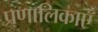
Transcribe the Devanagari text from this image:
प्रणालिकाएँ